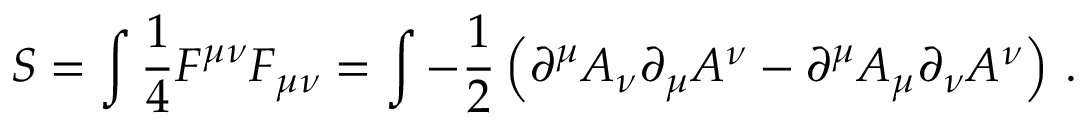
S = \int { \frac { 1 } { 4 } } F ^ { \mu \nu } F _ { \mu \nu } = \int - { \frac { 1 } { 2 } } \left( \partial ^ { \mu } A _ { \nu } \partial _ { \mu } A ^ { \nu } - \partial ^ { \mu } A _ { \mu } \partial _ { \nu } A ^ { \nu } \right) \, .